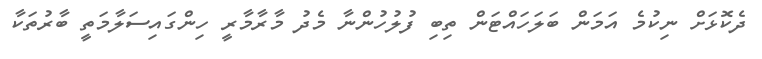
ދެކޮޅަށް ނިކުމެ އަމަން ބަލަހައްޓަން ތިބި ފުލުހުންނާ މެދު މާރާމާރީ ހިންގައިސަލާމަތީ ބާރުތަކާ